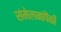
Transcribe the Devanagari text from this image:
संमेलनांपैकी